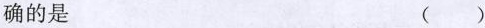
确的是 ()